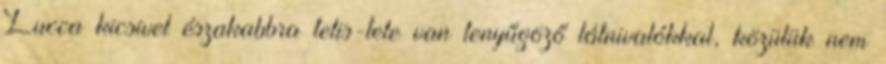
Lucca kicsivel északabbra telis-tele van lenyűgöző látnivalókkal, közülük nem